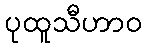
ပုထူသီဟာဝ